system: You are a helpful assistant.
user:
Analyze the provided spectrum to determine if it is a **"Cataclysmic Variables (CV)"**.

- **Key Indicators for CV (Check for either state):**
    - **State 1: Quiescent / Low-State (Emission-Dominated)**
        - **(Primary):** Strong and *very broad* Hydrogen Balmer emission lines (e.g., $H\alpha$ at 6563 Å, $H\beta$ at 4861 Å). The 'broadness' (high velocity dispersion, often FWHM > 1000 km/s) is the key diagnostic, indicating a high-velocity accretion disk.
        - **(Secondary):** Broad neutral Helium (He I) emission lines (e.g., 5876 Å, 6678 Å).
        - **(Key Confirmation):** Presence of high-excitation *ionized* Helium (He II) emission at 4686 Å. This is a strong indicator of accretion onto a white dwarf.
        - **(Line Profile):** Emission lines may exhibit a 'double-peaked' profile, which is a classic signature of a rotating accretion disk viewed at high inclination.

    - **State 2: Outburst / High-State (Absorption-Dominated)**
        - **(Primary):** Spectrum is dominated by a bright, blue continuum (looks like a hot star).
        - **(Secondary):** The emission lines from State 1 are weak, absent, or 'filled in', and are replaced by broad, shallow *absorption* lines (primarily Balmer and He I).
        - **(Morphology):** The overall spectrum mimics a hot B/A-type star. The crucial difference is that the absorption lines are significantly broader, shallower, and more 'washed-out' (or 'smeared') than the sharp lines of a normal stellar photosphere, due to high rotational speeds and pressure broadening in the disk.

Think first, call **spectral_visualization_tool** if needed to examine features in detail, then provide your final answer. Your response must adhere to the following strict rules:
1.  **Overall Structure:** Your response must follow the format `<think>...</think> <tool_call>...</tool_call> (if a tool is used) <answer>...</answer>`.
2.  **Tool Usage Constraint:** You may only make **one** tool call per turn.
3.  **Final Answer Format:** In the `<answer>` tag, your conclusion must be inside a `\boxed{}` command (e.g., `\boxed{YES}`), followed by your justification.

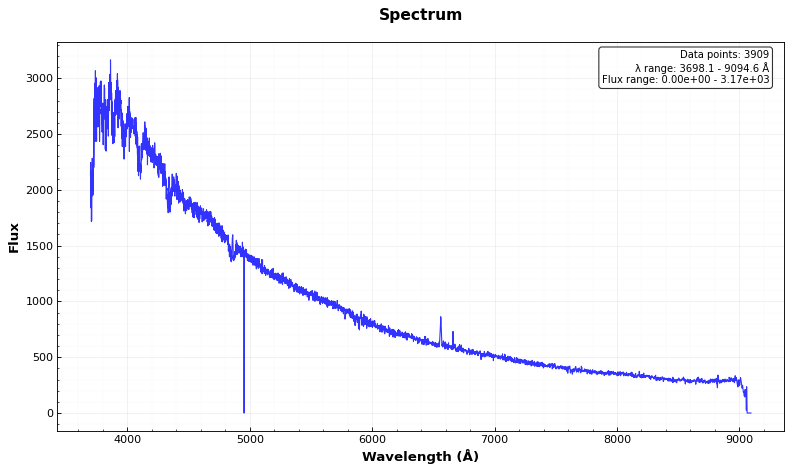
Answer: YES